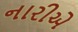
નારીએ